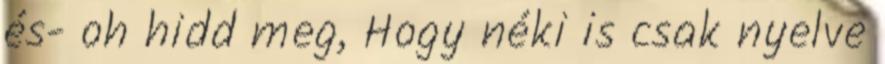
és- oh hidd meg, Hogy néki is csak nyelve